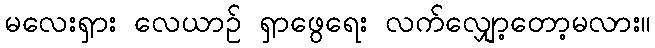
မလေးရှား လေယာဉ် ရှာဖွေရေး လက်လျှော့တော့မလား။